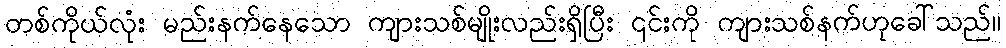
တစ်ကိုယ်လုံး မည်းနက်နေသော ကျားသစ်မျိုးလည်းရှိပြီး ၎င်းကို ကျားသစ်နက်ဟုခေါ်သည်။